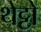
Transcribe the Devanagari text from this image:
थेट्टो